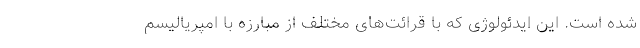
شده است. این ایدئولوژی که با قرائت­های مختلف از مبارزه با امپریالیسم